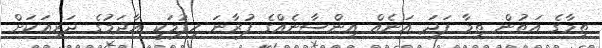
ތިމާގެ އަތުން ތިމާ ފަދަ އަނެއް އިންސާނެއްގެ ފުރާނަ ހިފުމަކީ އާދަމުގެ ދަރިއަކަށް